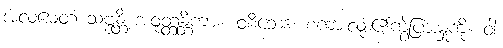
အလမေတံ သဗ္ဗန္တိ အဝုတ္တန္တိကား။ ဝစီဘေဒံ၊ စကားလုံး၏ကွဲပြားမှုကို။ ဝါ၊